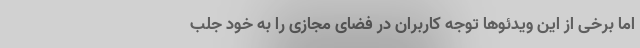
اما برخی از این ویدئو‌ها توجه کاربران در فضای مجازی را به خود جلب